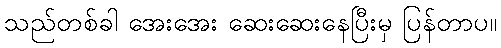
သည်တစ်ခါ အေးအေး ဆေးဆေးနေပြီးမှ ပြန်တာပ။